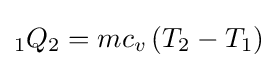
{}_{1}Q_{2}=mc_{v}\left({T_{2}-T_{1}}\right)